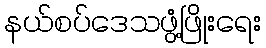
နယ်စပ်ဒေသဖွံ့ဖြိုးရေး